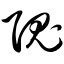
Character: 隗